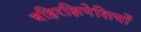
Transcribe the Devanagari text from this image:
बहिरक्षिपेशियों